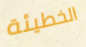
الخطيئة